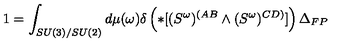
1 = \int _ { S U ( 3 ) / S U ( 2 ) } d \mu ( \omega ) \delta \left( * [ ( S ^ { \omega } ) ^ { ( A B } \wedge ( S ^ { \omega } ) ^ { C D ) } ] \right) \Delta _ { F P }